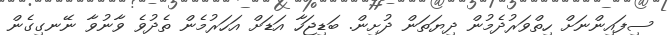
ސިފައިންނަށް ހިތްވަރުދެމުން ދިޔަތަން ދުށިން. ބަޑިޖަހާ އަޑަށް އަހަރުމެން ތެދުވެ ވާނުވާ ނޭނގިގެން